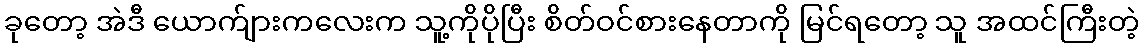
ခုတော့ အဲဒီ ယောက်ျားကလေးက သူ့ကိုပိုပြီး စိတ်ဝင်စားနေတာကို မြင်ရတော့ သူ အထင်ကြီးတဲ့